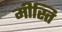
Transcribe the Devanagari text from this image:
मीस्ति